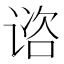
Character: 谘